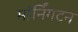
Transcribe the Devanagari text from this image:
मॉर्निंगटन